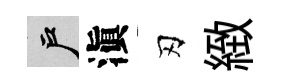
户滇刃緻